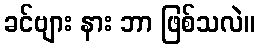
ခင်ဗျား နား ဘာ ဖြစ်သလဲ။